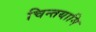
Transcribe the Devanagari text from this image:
चिन्तयामि